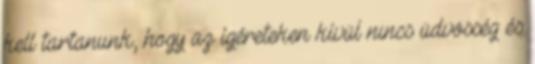
kell tartanunk, hogy az ígéreteken kívül nincs üdvösség és